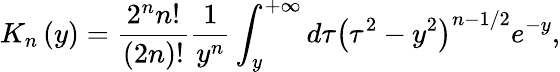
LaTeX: K_{n}\left(y\right)=\frac{2^{n}n!}{\left(2n\right)!}\frac{1}{y^{n}}\int_{y}^{+\infty}d\tau\left(\tau^{2}-y^{2}\right)^{n-1/2}e^{-y},